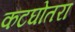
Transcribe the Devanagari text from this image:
कटघोतरा